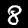
Label: 8